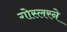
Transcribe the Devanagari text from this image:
गोस्लरने